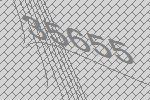
35655